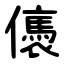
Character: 㒟